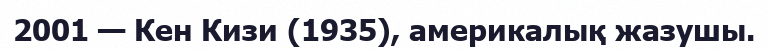
2001 — Кен Кизи (1935), америкалық жазушы.